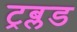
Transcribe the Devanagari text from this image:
ट्रब्लड